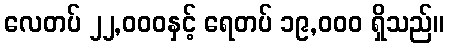
လေတပ် ၂၂,၀၀၀နှင့် ရေတပ် ၁၉,၀၀၀ ရှိသည်။